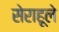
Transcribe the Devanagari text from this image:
सेराहूले